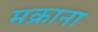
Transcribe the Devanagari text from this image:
मक्राना